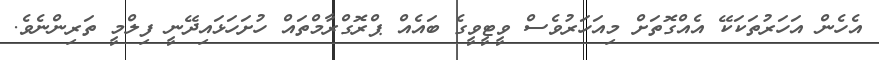
އެހެން އަހަރުތަކަކޭ އެއްގޮތަށް މިއަހަރުވެސް ވީޓީވީގެ ބައެއް ޕްރޮގްރާމްތައް ހުށަހަޅައިދޭނީ ފިލްމީ ތަރިންނެވެ.